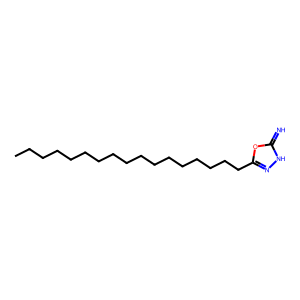
SMILES: CCCCCCCCCCCCCCCCCc1n[nH]c(=N)o1
Inhibits HIV replication: No